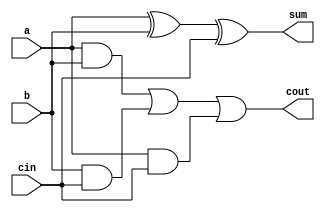
`timescale 1ns / 1ps
//////////////////////////////////////////////////////////////////////////////////
// Company: 
// Engineer: 
// 
// Design Name: 
// Module Name: FullAdder
// Project Name: 
// Target Devices: 
// Tool Versions: 
// Description: 
// 
// Dependencies: 
// 
// Revision:
// Revision 0.01 - File Created
// Additional Comments:
// 
//////////////////////////////////////////////////////////////////////////////////


`timescale 1ns / 1ps

module FullAdder(a, b, cin, sum, cout);

input a,b,cin;
output sum,cout;

assign sum=(a^b^cin);

assign cout=((a&b)|(b&cin)|(a&cin));

endmodule